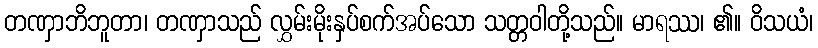
တဏှာဘိဘူတာ၊ တဏှာသည် လွှမ်းမိုးနှပ်စက်အပ်သော သတ္တဝါတို့သည်။ မာရဿ၊ ၏။ ဝိသယံ၊